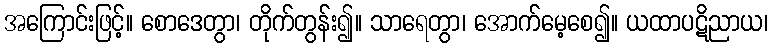
အကြောင်းဖြင့်။ စောဒေတွာ၊ တိုက်တွန်း၍။ သာရေတွာ၊ အောက်မေ့စေ၍။ ယထာပဋိညာယ၊